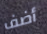
أضف